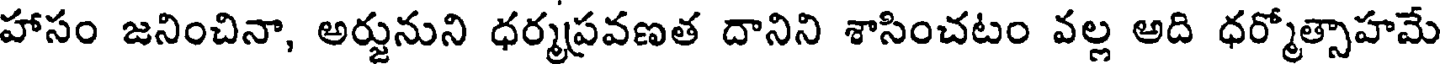
హాసం జనించినా, అర్జునుని ధర్మప్రవణత దానిని శాసించటం వల్ల అది ధర్మోత్సాహమే